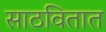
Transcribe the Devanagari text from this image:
साठवितात